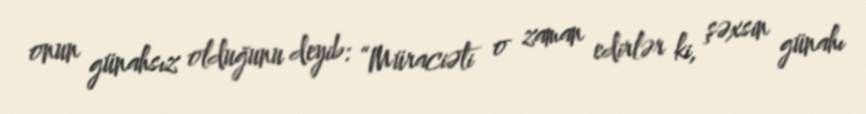
onun günahsız olduğunu deyib: “Müraciəti o zaman edirlər ki, şəxsin günahı